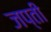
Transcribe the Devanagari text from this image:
जप्‍ती